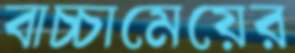
বাচ্চামেয়ের